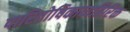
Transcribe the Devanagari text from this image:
पारितोषिकाव्यतिरिक्त